Problem: 4 × 8 = ?
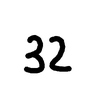
Handwritten answer: 32